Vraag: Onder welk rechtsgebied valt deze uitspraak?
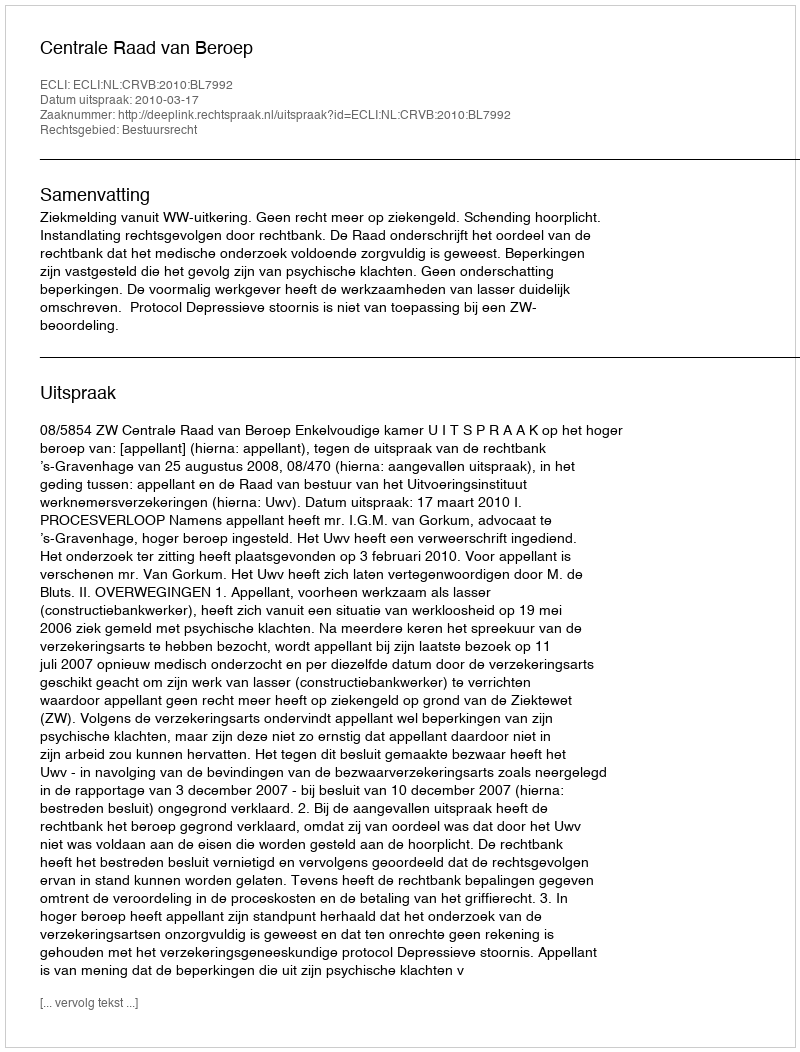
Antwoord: Bestuursrecht